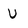
Character: U